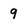
Character: 9